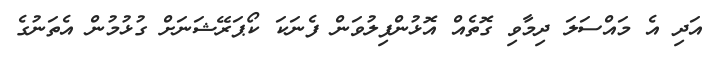
އަދި އެ މައްސަލަ ދިމާވި ގޮތެއް އޮޅުންފިލުވަން ފެނަކަ ކޯޕަރޭޝަނަށް ގުޅުމުން އެތަނުގެ